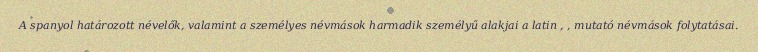
A spanyol határozott névelők, valamint a személyes névmások harmadik személyű alakjai a latin , , mutató névmások folytatásai.